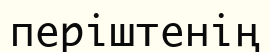
періштенің